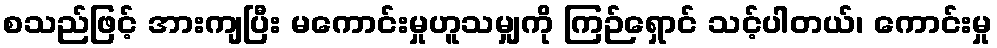
စသည်ဖြင့် အားကျပြီး မကောင်းမှုဟူသမျှကို ကြဉ်ရှောင် သင့်ပါတယ်၊ ကောင်းမှု